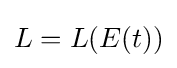
L=L(E(t))